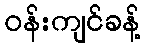
ဝန်းကျင်ခန့်